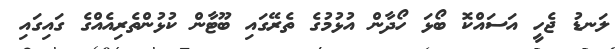
ލަނޑު ޖެހީ އަސައްކޮ ބޯޅަ ހޯދާން އުޅުމުގެ ތެރޭގައި ބޫޓާން ކުޅުންތެރިއެއްގެ ގައިގައި